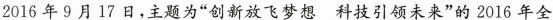
2016年9月17日，主题为”创新放飞梦想科技引领未来”的2016年全